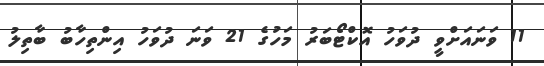
11 ވަނައަށްވީ ދުވަހު އޮކްޓޯބަރު މަހުގެ 21 ވަނަ ދުވަހު އިންތިހާބު ބާތިލު